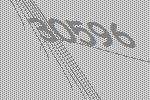
30596